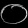
Digit: ၀